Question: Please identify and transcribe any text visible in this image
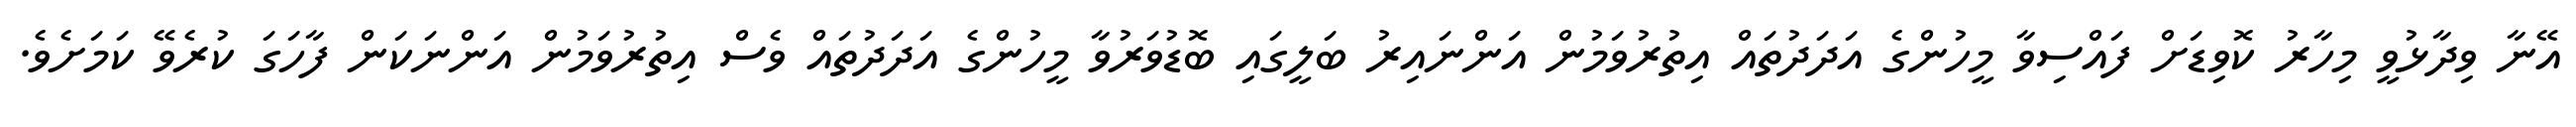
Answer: އޭނާ ވިދާޅުވީ މިހާރު ކޮވިޑަށް ފައްސިވާ މީހުންގެ އަދަދުތައް އިތުރުވަމުން އަންނައިރު ބަލީގައި ބޮޑުވަރުވާ މީހުންގެ އަދަދުތައް ވެސް އިތުރުވަމުން އަންނަކަން ފާހަގަ ކުރެވޭ ކަމަށެވެ.